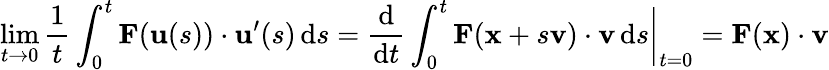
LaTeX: \operatorname*{lim}_{t\to 0}{\frac{1}{t}}\int_{0}^{t}\mathbf{F}(\mathbf{u}(s))\cdot\mathbf{u}^{\prime}(s)\, \mathrm{d}s={\frac{\mathrm{d}}{\mathrm{d}t}}\int_{0}^{t}\mathbf{F}(\mathbf{x}+s\mathbf{v})\cdot\mathbf{v}\, \mathrm{d}s{\bigg|}_{t=0}=\mathbf{F}(\mathbf{x})\cdot\mathbf{v}